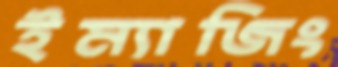
ইম্যাজিং